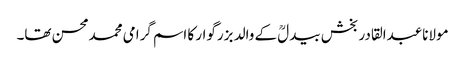
مولاناعبدالقادر بخش بیدلؒ کے والد بزرگوار کا اسم گرامی محمدمحسن تھا۔